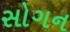
સોગન